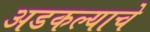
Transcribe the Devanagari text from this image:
अडकल्याचे